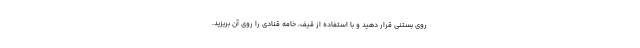
روی بستنی قرار دهید و با استفاده از قیف، خامه قنادی را روی آن بریزید.